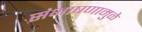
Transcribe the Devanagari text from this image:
संभाषणामुळे